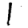
Digit: 1